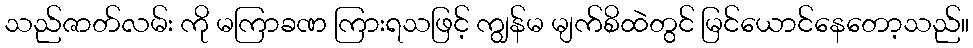
သည်ဇာတ်လမ်း ကို မကြာခဏ ကြားရသဖြင့် ကျွန်မ မျက်စိထဲတွင် မြင်ယောင်နေတော့သည်။